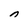
Character: n